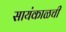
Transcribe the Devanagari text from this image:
सायंकाळची